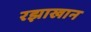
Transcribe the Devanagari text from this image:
रझाखान